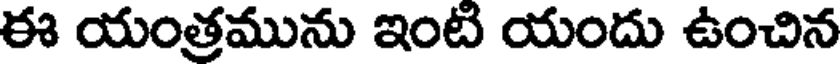
ఈ యంత్రమును ఇంటి యందు ఉంచిన